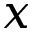
x